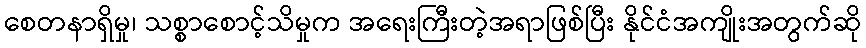
စေတနာရှိမှု၊ သစ္စာစောင့်သိမှုက အရေးကြီးတဲ့အရာဖြစ်ပြီး နိုင်ငံအကျိုးအတွက်ဆို